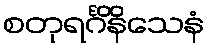
စတုရင်္ဂိနိသေနံ